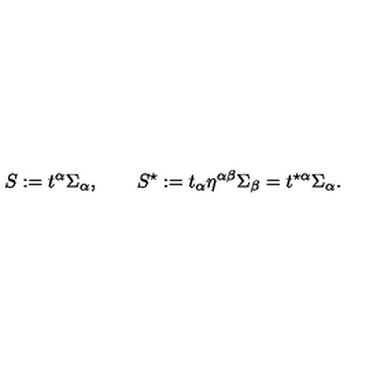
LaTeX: S : = t ^ { \alpha } \Sigma _ { \alpha } , \qquad S ^ { \star } : = t _ { \alpha } \eta ^ { \alpha \beta } \Sigma _ { \beta } = t ^ { \star \alpha } \Sigma _ { \alpha } .